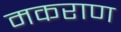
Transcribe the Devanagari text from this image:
मकराण